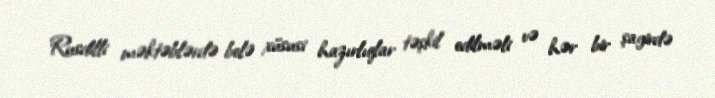
Rusdilli məktəblərdə belə xüsusi hazırlıqlar təşkil edilməli və hər bir şagirdə